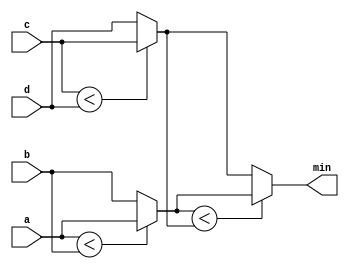
module top_module (
    input [7:0] a, b, c, d,
    output [7:0] min);//

    wire [7:0] min_a_b;
    wire [7:0] min_c_d;
    wire [7:0] min;

    assign min_a_b = a < b ? a : b;
    assign min_c_d = c < d ? c : d;
    assign min = min_a_b < min_c_d ? min_a_b : min_c_d;

endmodule